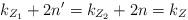
LaTeX: \begin{align*}k_{Z_1}+2n'=k_{Z_2}+2n=k_Z\end{align*}